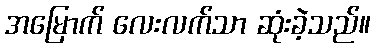
အမြောက် လေးလက်သာ ဆုံးခဲ့သည်။